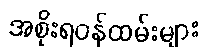
အစိုးရဝန်ထမ်းများ